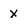
Character: x